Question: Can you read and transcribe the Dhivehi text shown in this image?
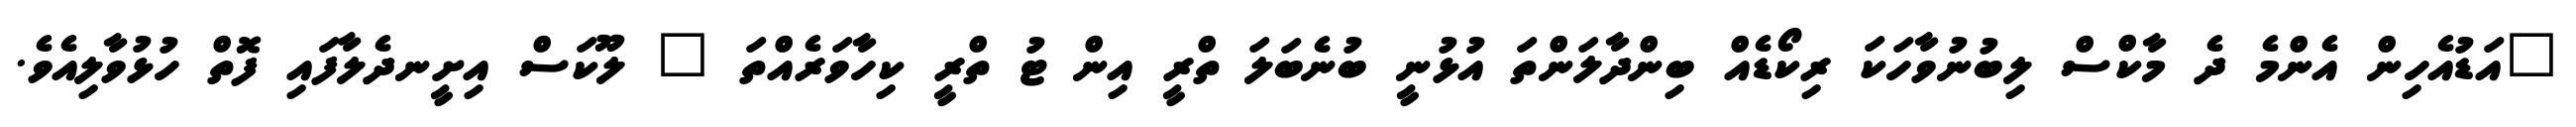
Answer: "އަޑުއެހިން އެންމެ ދެ މާކްސް ލިބުނުވާހަކަ ރިކޯޑެއް ބިންދާލަންތަ އުޅުނީ ބުނެބަލަ ތްރީ އިން ޓު ތްރީ ކިހާވަރެއްތަ " ލޫކަސް އިށީނދެލާފައި ފޮތް ހުޅުވާލިއެވެ.